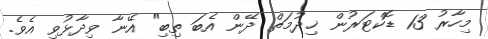
މިހާރު 13 ޑޮކްޓަރުން ޚިދުމަތް ދޭން އެބަ ތިބި" އޭނާ ވިދާޅުވި އެވެ.